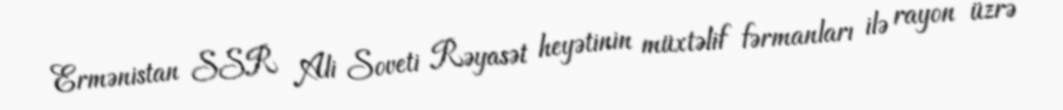
Ermənistan SSR Ali Soveti Rəyasət heyətinin müxtəlif fərmanları ilə rayon üzrə